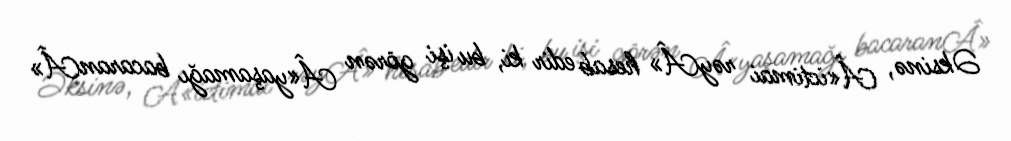
Əksinə, Â«ictimai rəyÂ» hesab edir ki, bu işi görən Â«yaşamağı bacaranÂ»